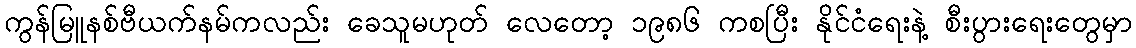
ကွန်မြူနစ်ဗီယက်နမ်ကလည်း ခေသူမဟုတ် လေတော့ ၁၉၈၆ ကစပြီး နိုင်ငံရေးနဲ့ စီးပွားရေးတွေမှာ